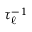
\tau _ { \ell } ^ { - 1 }